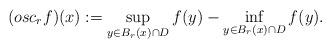
LaTeX: \begin{align*} (osc_r f)(x):=\sup_{y\in B_r(x)\cap D} f(y)-\inf_{y\in B_r(x)\cap D} f(y).\end{align*}